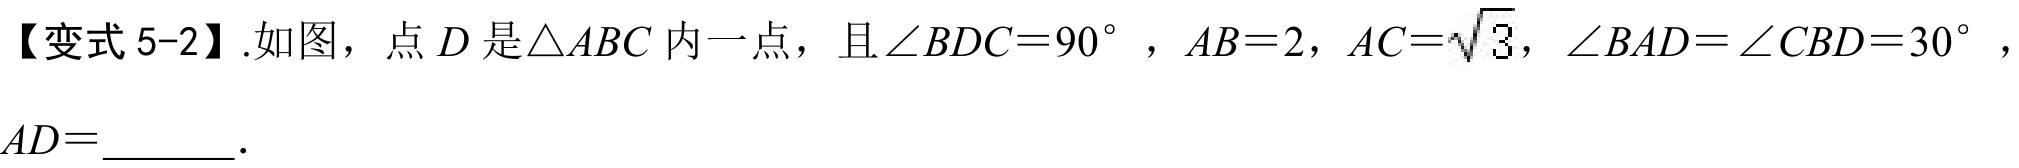
【变式5-2】.如图，点\(D\)是\(\triangle ABC\)内一点，且\(\angle BDC = 90^{\circ}\)，\(AB = 2\)，\(AC=\sqrt{3}\)，\(\angle BAD=\angle CBD = 30^{\circ}\)，\(AD =\)  ．